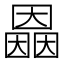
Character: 𡈲